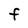
Character: f